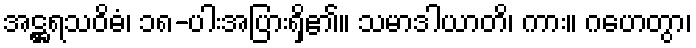
အဋ္ဌရသဝိဓံ၊ ၁၈-ပါးအပြားရှိ၏။ သမာဒါယာတိ၊ ကား။ ဂဟေတွာ၊